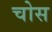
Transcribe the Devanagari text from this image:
चोस